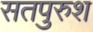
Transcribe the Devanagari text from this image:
सतपुरुश